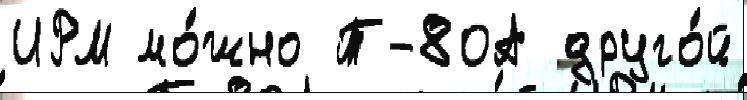
ИРМ мо́жно Т-80А друго́й